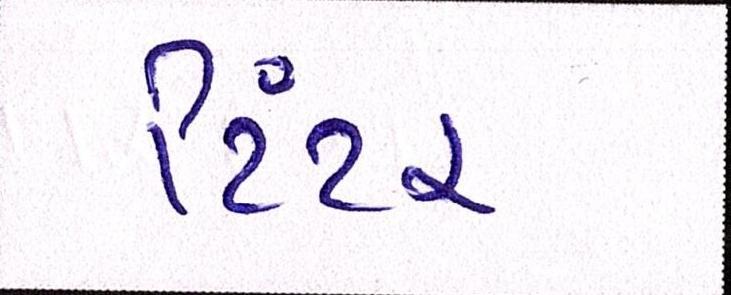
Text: ટિંટર